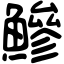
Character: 鰺